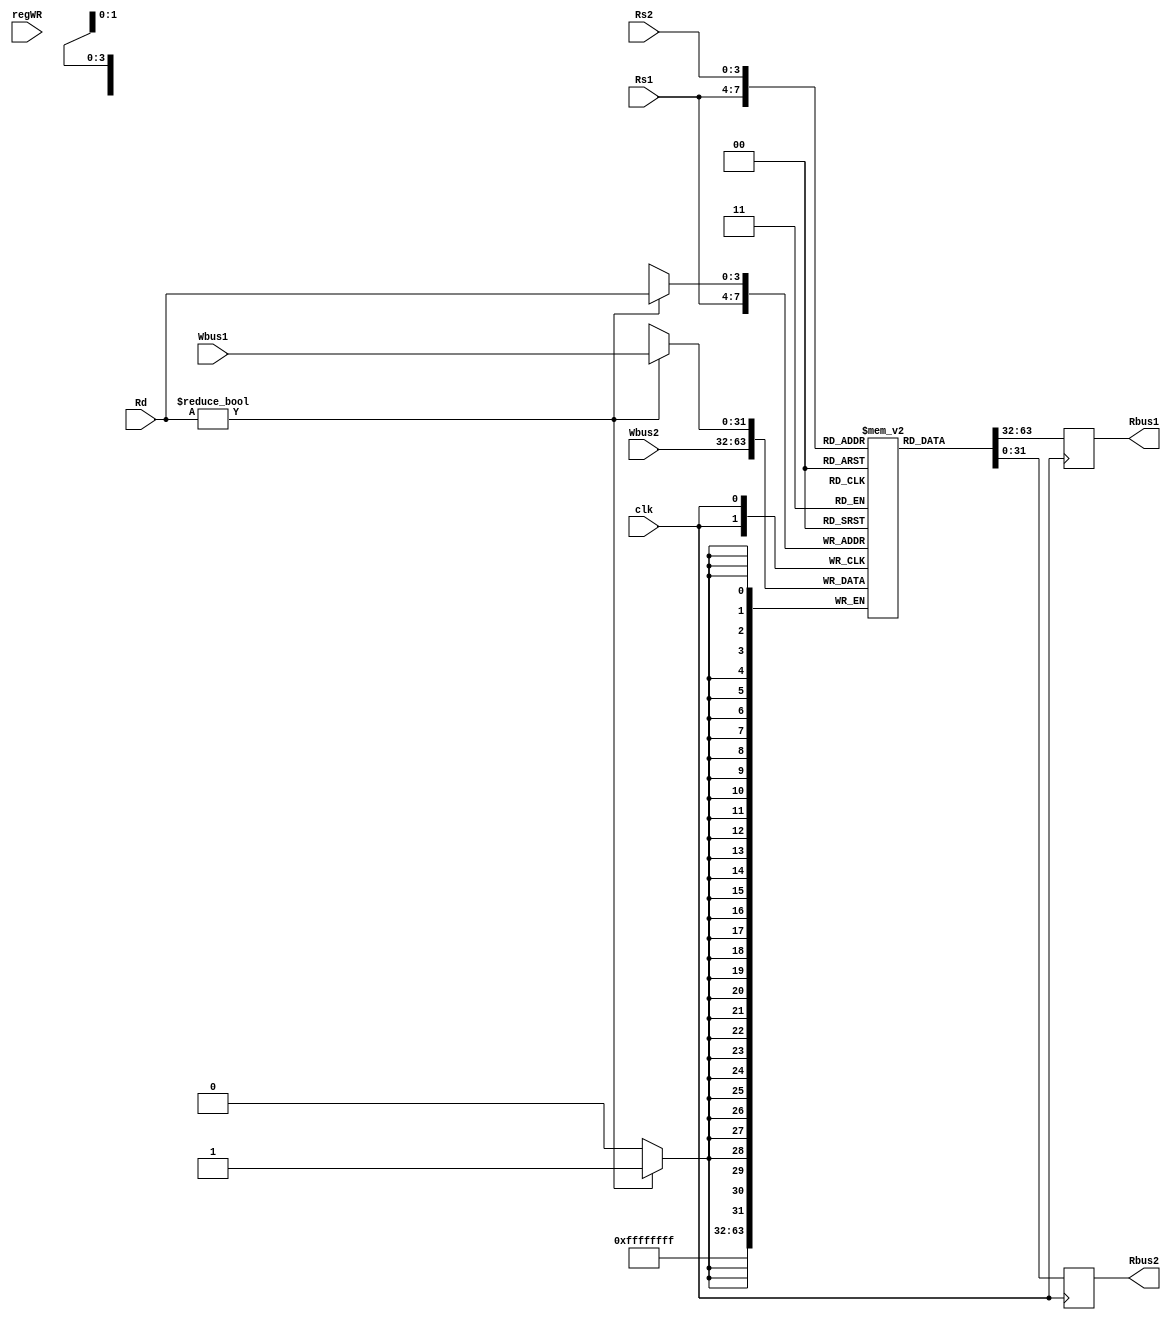
//-----------------------------------------------------------------------------
//
// Title       : RegFile
// Design      : arch_project
// Company     : Birziet University
//

`timescale 1 ns / 1 ps

//Register File   array of 16 32-bit register
module RegFile (clk, Rd, Rs1, Rs2, regWR, Rbus1, Rbus2, Wbus1, Wbus2);	
		// clock
	input wire clk;

    // enable write signal
	input wire regWR;

    // register selection buses
	input wire [3:0] Rd, Rs1, Rs2;	  //?
    
    // data read buses
	output reg [31:0] Rbus1, Rbus2;

    // data write buses
	input wire [31:0] Wbus1, Wbus2;	
	
	//-------register file initialization----------	
	
	reg [31:0] registers_array [0:15]; 	  
	
	initial begin
		registers_array[0] <= 32'h00000000;
		registers_array[1] <= 32'h00000000;
		registers_array[2] <= 32'h00000000;
		registers_array[3] <= 32'h00000000;
		registers_array[4] <= 32'h00000000;
		registers_array[5] <= 32'h00000000;
		registers_array[6] <= 32'h00000000;		
		registers_array[7] <= 32'h00000000;		
		registers_array[8] <= 32'h00000000;
		registers_array[9] <= 32'h00000000;
		registers_array[10] <= 32'h00000000;
		registers_array[11] <= 32'h00000000;
		registers_array[12] <= 32'h00000000;
		registers_array[13] <= 32'h00000000;
		registers_array[14] <= 32'h00000000;
		registers_array[15] <= 32'h00000000;
	end
	
	
	// read registers always
	always @(posedge clk) begin
		
		Rbus1 = registers_array[Rs1];
		Rbus2 = registers_array[Rs2];
		
	end

	always @(posedge clk) begin
		
		if ( Rd != 5'b0 ) begin // write register is not R0
			registers_array[Rd] = Wbus1;
		end	
		    registers_array[Rs1] = Wbus2;
		
	end

endmodule